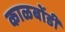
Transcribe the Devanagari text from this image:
काळबोंडी